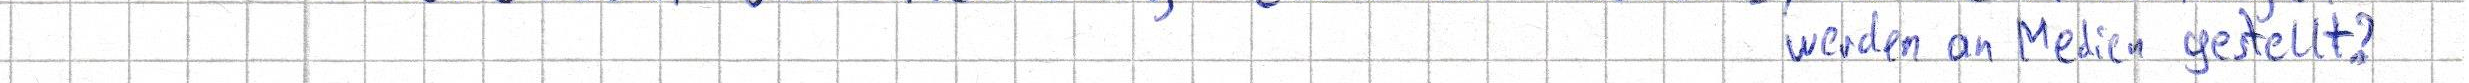
werden an Medien gestellt?